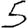
Digit: 5